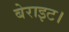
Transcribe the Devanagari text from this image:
बेराइट।